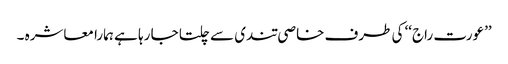
’’عورت راج‘‘ کی طرف خاصی تندی سے چلتا جا رہا ہے ہمارا معاشرہ ۔